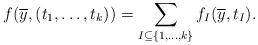
LaTeX: \begin{align*}f(\overline y,(t_1,\dots,t_k))=\sum_{I \subseteq \{1,\dots,k\}}f_I(\overline y,t_{I}).\end{align*}